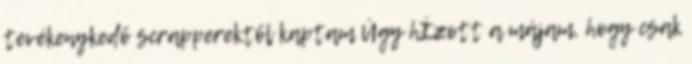
tevékenykedő scrapperektől kaptam Úgy hÍzott a májam, hogy csak